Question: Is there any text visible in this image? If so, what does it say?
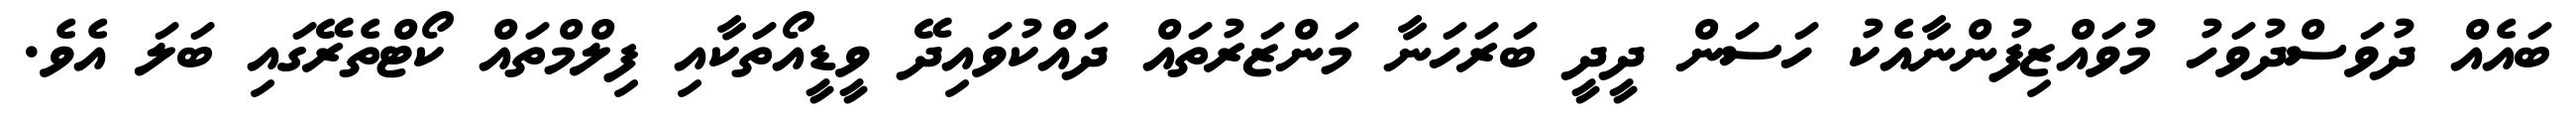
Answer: ބައެއް ދުވަސްދުވަހު މުވައްޒިފުންނާއެކު ހަސަން ދީދީ ބަރަހަނާ މަންޒަރުތައް ދައްކުވައިދޭ ވީޑީއޯތަކާއި ފިލްމްތައް ކޯޓްތެރޭގައި ބަލަ އެވެ.